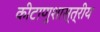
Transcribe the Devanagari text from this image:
कीटाणुशास्त्रीय